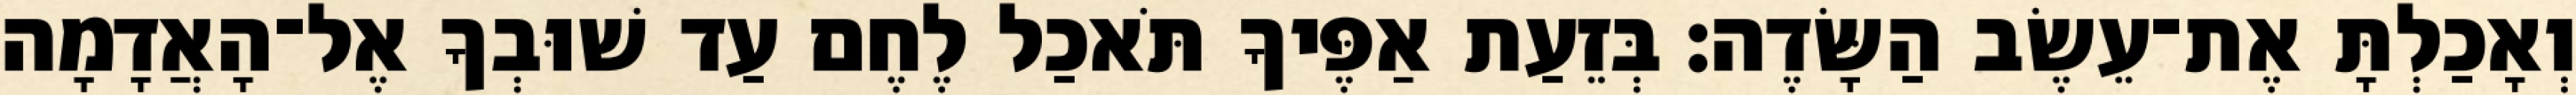
וְאָכַלְתָּ אֶת־עֵשֶׂב הַשָּׂדֶה׃ בְּזֵעַת אַפֶּיךָ תֹּאכַל לֶחֶם עַד שׁוּבְךָ אֶל־הָאֲדָמָה